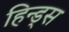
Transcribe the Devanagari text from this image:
हिन्ड्स